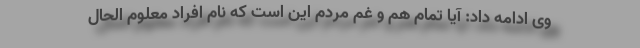
وی ادامه داد: آیا تمام هم و غم مردم این است که نام افراد معلوم الحال